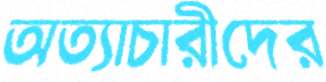
অত্যাচারীদের